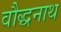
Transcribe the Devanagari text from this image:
वौद्धनाथ